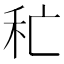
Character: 𥝕